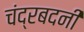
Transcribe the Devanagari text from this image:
चंद्रबदनी